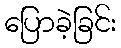
ပြောခဲ့ခြင်း